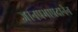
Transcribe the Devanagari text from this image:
ज्ञानप्रभाप्रदानेन